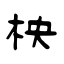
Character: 柍